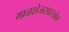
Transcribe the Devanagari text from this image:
माळशेजसारखेच